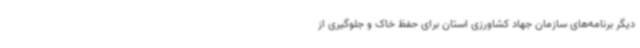
دیگر برنامه‌های سازمان جهاد کشاورزی استان برای حفظ خاک و جلوگیری از